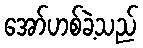
အော်ဟစ်ခဲ့သည်